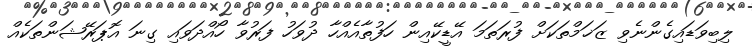
ލިބިވަޑައިގެންނެވި ޒަޚަމްތަކަށް ފުރަތަމަ އޭޑީކޭއިން ހަފުތާއެއްހާ ދުވަހު ފަރުވާ ހޯއްދަވައި ގިނަ އޮޕަރޭޝަންތަކެއް